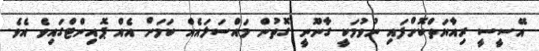
އޭސީސީ ރިއާޔަތްކޮށްފައި ނުވުމަކީ ގާނޫނީ ގޮތުން މައްސަލައެއް ކަމަށް އެއް ޕޮއިންޓްގައިވެ އެވެ.